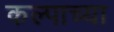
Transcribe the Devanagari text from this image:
कल्पाच्या